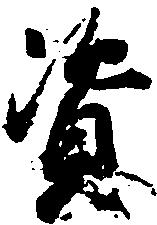
資